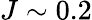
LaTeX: J\sim 0.2